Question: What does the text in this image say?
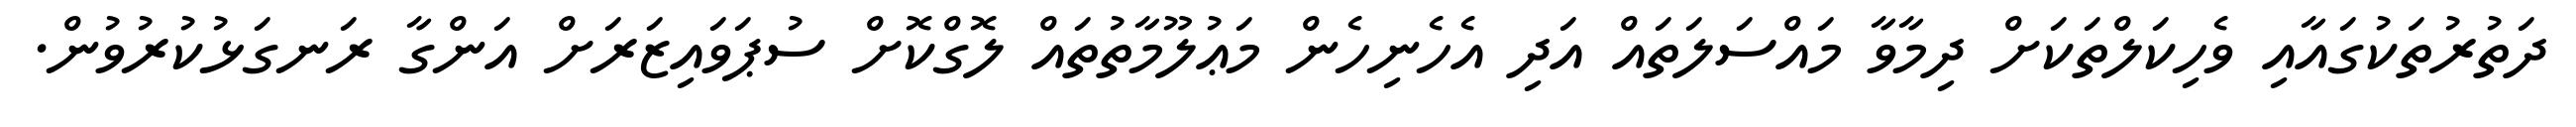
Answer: ދަތުރުތަކުގައާއި ވެހިކަލްތަކަށް ދިމާވާ މައްސަލަތައް އަދި އެހެނިހެން މަޢުލޫމާތުތައް ލޮގްކޮށް ސުޕަވައިޒަރަށް އަންގާ ރަނގަޅުކުރުވުން.